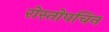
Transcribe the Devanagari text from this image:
रोस्तोपचिन